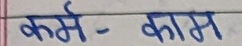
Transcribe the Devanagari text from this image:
कर्म - काम